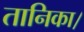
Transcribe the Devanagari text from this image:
तानिका।